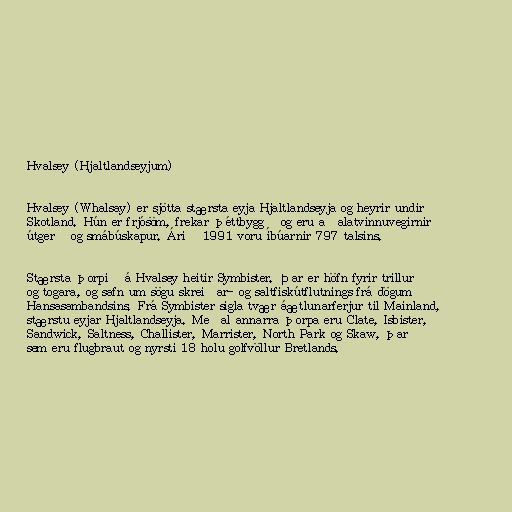
Hvalsey (Hjaltlandseyjum)

Hvalsey (Whalsay) er sjötta stærsta eyja Hjaltlandseyja og heyrir undir
Skotland. Hún er frjósöm, frekar þéttbyggð og eru aðalatvinnuvegirnir
útgerð og smábúskapur. Árið 1991 voru íbúarnir 797 talsins.

Stærsta þorpið á Hvalsey heitir Symbister. Þar er höfn fyrir trillur
og togara, og safn um sögu skreiðar- og saltfiskútflutnings frá dögum
Hansasambandsins. Frá Symbister sigla tvær áætlunarferjur til Mainland,
stærstu eyjar Hjaltlandseyja. Meðal annarra þorpa eru Clate, Isbister,
Sandwick, Saltness, Challister, Marrister, North Park og Skaw, þar
sem eru flugbraut og nyrsti 18 holu golfvöllur Bretlands.